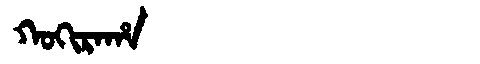
Manchu: ᡴᠣᡴᡳᡵᠠᡥᠠ
Romanization: KOKIRAHA